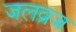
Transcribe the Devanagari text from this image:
जलव्रज